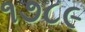
૧૭૮૯